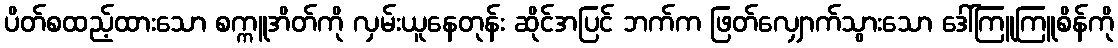
ပိတ်စထည့်ထားသော စက္ကူအိတ်ကို လှမ်းယူနေတုန်း ဆိုင်အပြင် ဘက်က ဖြတ်လျှောက်သွားသော ဒေါ်ကြူကြူစိန်ကို